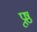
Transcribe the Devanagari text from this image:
प्रूष्ठ